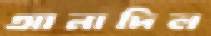
আনাদিল